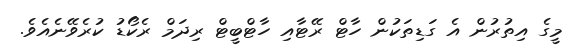
މީގެ އިތުރުން އެ ގަޑިތަކުން ހާޓް ރޭޓާއި ހާޓްބީޓް ރިދަމް ރެކޯޑު ކުރެވޭނެއެވެ.